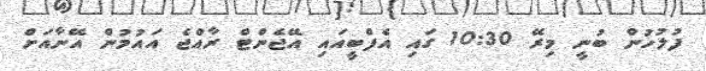
ފުލުހުން ބުނީ މިރޭ 10:30 ގައި އެފްބީއައި އޭޖެންޓް ރާއްޖެ އައުމުން އޭނާއަށް